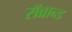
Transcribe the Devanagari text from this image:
रॉब्रान्ड